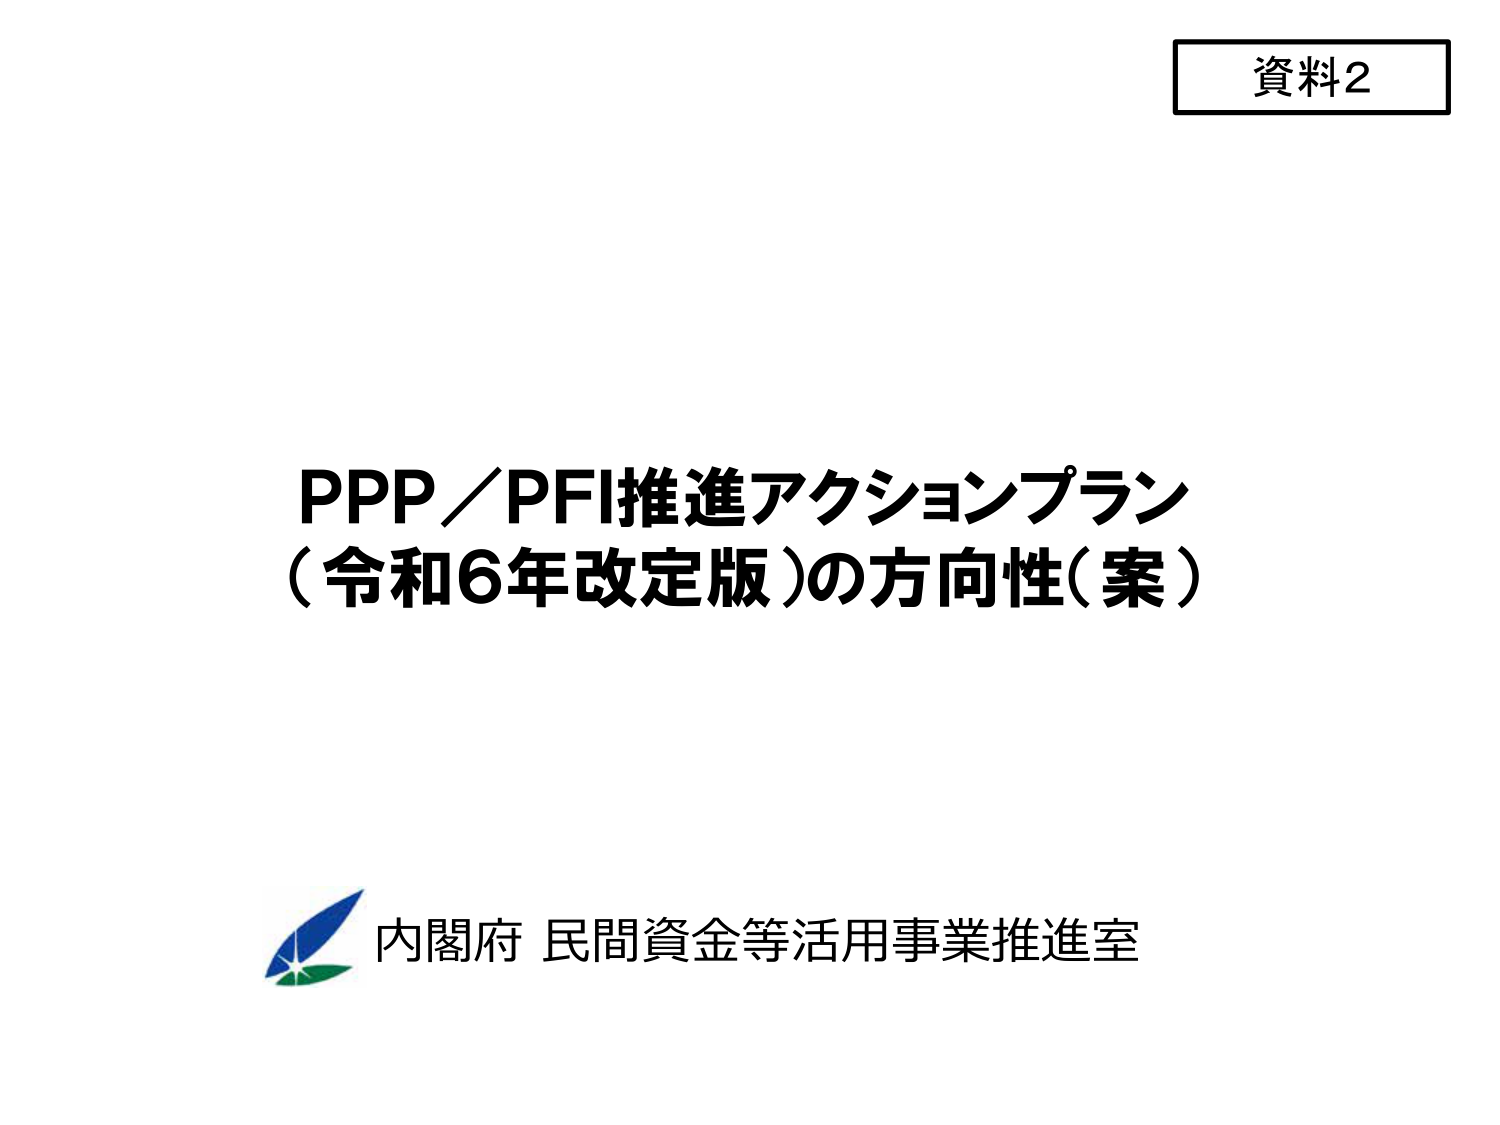
資料2

PPP／PFI推進アクションプラン
（令和6年改定版）の方向性（案）

内閣府 民間資金等活用事業推進室